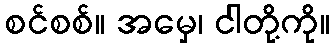
စင်စစ်။ အမှေ၊ ငါတို့ကို။